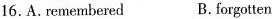
16.A.remembered B.forgotten